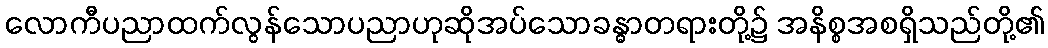
လောကီပညာထက်လွန်သောပညာဟုဆိုအပ်သောခန္ဓာတရားတို့၌ အနိစ္စအစရှိသည်တို့၏